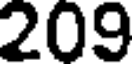
209